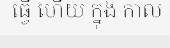
ធ្វើ ហើយ ក្នុង កាល